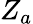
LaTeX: Z_{a}